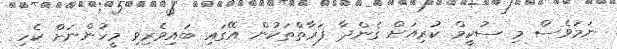
ނަމަވެސް މި ސުކީމް ކުރިއަށް ގެންދާ ފަރާތްތަކުން އޭގައި ބައިވެރިވި މީހުންނަށް ކެހި